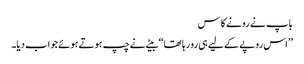
باپ نے رونے کا س
’’اس روپے کے لیے ہی رو رہا تھا‘‘ بیٹے نے چپ ہوتے ہوئے جواب دیا۔